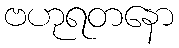
ဗဟုရတနော